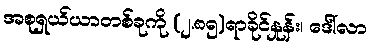
အစုရှယ်ယာတစ်ခုကို (၂.၈၅)ရာခိုင်နှုန်း၊ ဒေါ်လာ